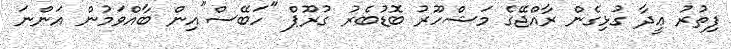
ފިތުރު ޢީދާ ގުޅިގެން ރާއްޖޭގެ މަޝްހޫރު ބޮޑުބެރު ގުރޫޕް "ހަބޭސް"އިން ބާއްވަމުން އަންނަ